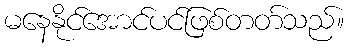
မနေနိုင်အောင်ပင်ဖြစ်တတ်သည်။